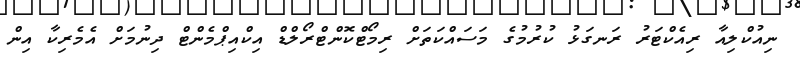
ނިއުކްލިއާ ރިއެކްޓަރު ރަނގަޅު ކުރުމުގެ މަސައްކަތަށް ރިމޯޓްކޮންޓްރޯލްޑް އިކްއިޕްމެންޓް ދިނުމަށް އެމެރިކާ އިން